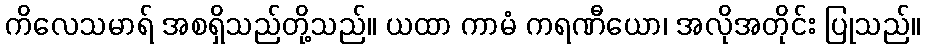
ကိလေသမာရ် အစရှိသည်တို့သည်။ ယထာ ကာမံ ကရဏီယော၊ အလိုအတိုင်း ပြုသည်။